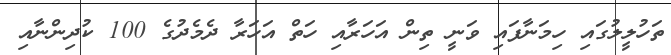
ތަހުލީލުގައި ހިމަނާފައި ވަނީ ތިން އަހަރާއި ހަތް އަހަރާ ދެމެދުގެ 100 ކުދިންނާއި